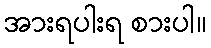
အားရပါးရ စားပါ။